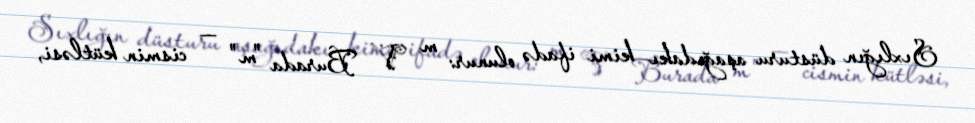
Sıxlığın düsturu aşağıdakı kimi ifadə olunur: m V Burada "m" — cismin kütləsi,